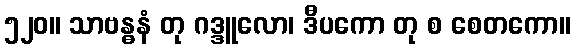
၅၂၀။ သာဗန္ဓနံ တု ဂဒ္ဒူလော၊ ဒီပကော တု စ စေတကော။